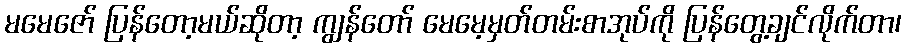
မမေဇော် ပြန်တော့မယ်ဆိုတာ့ ကျွန်တော် မေမေ့မှတ်တမ်းစာအုပ်ကို ပြန်တွေ့ချင်လိုက်တာ၊